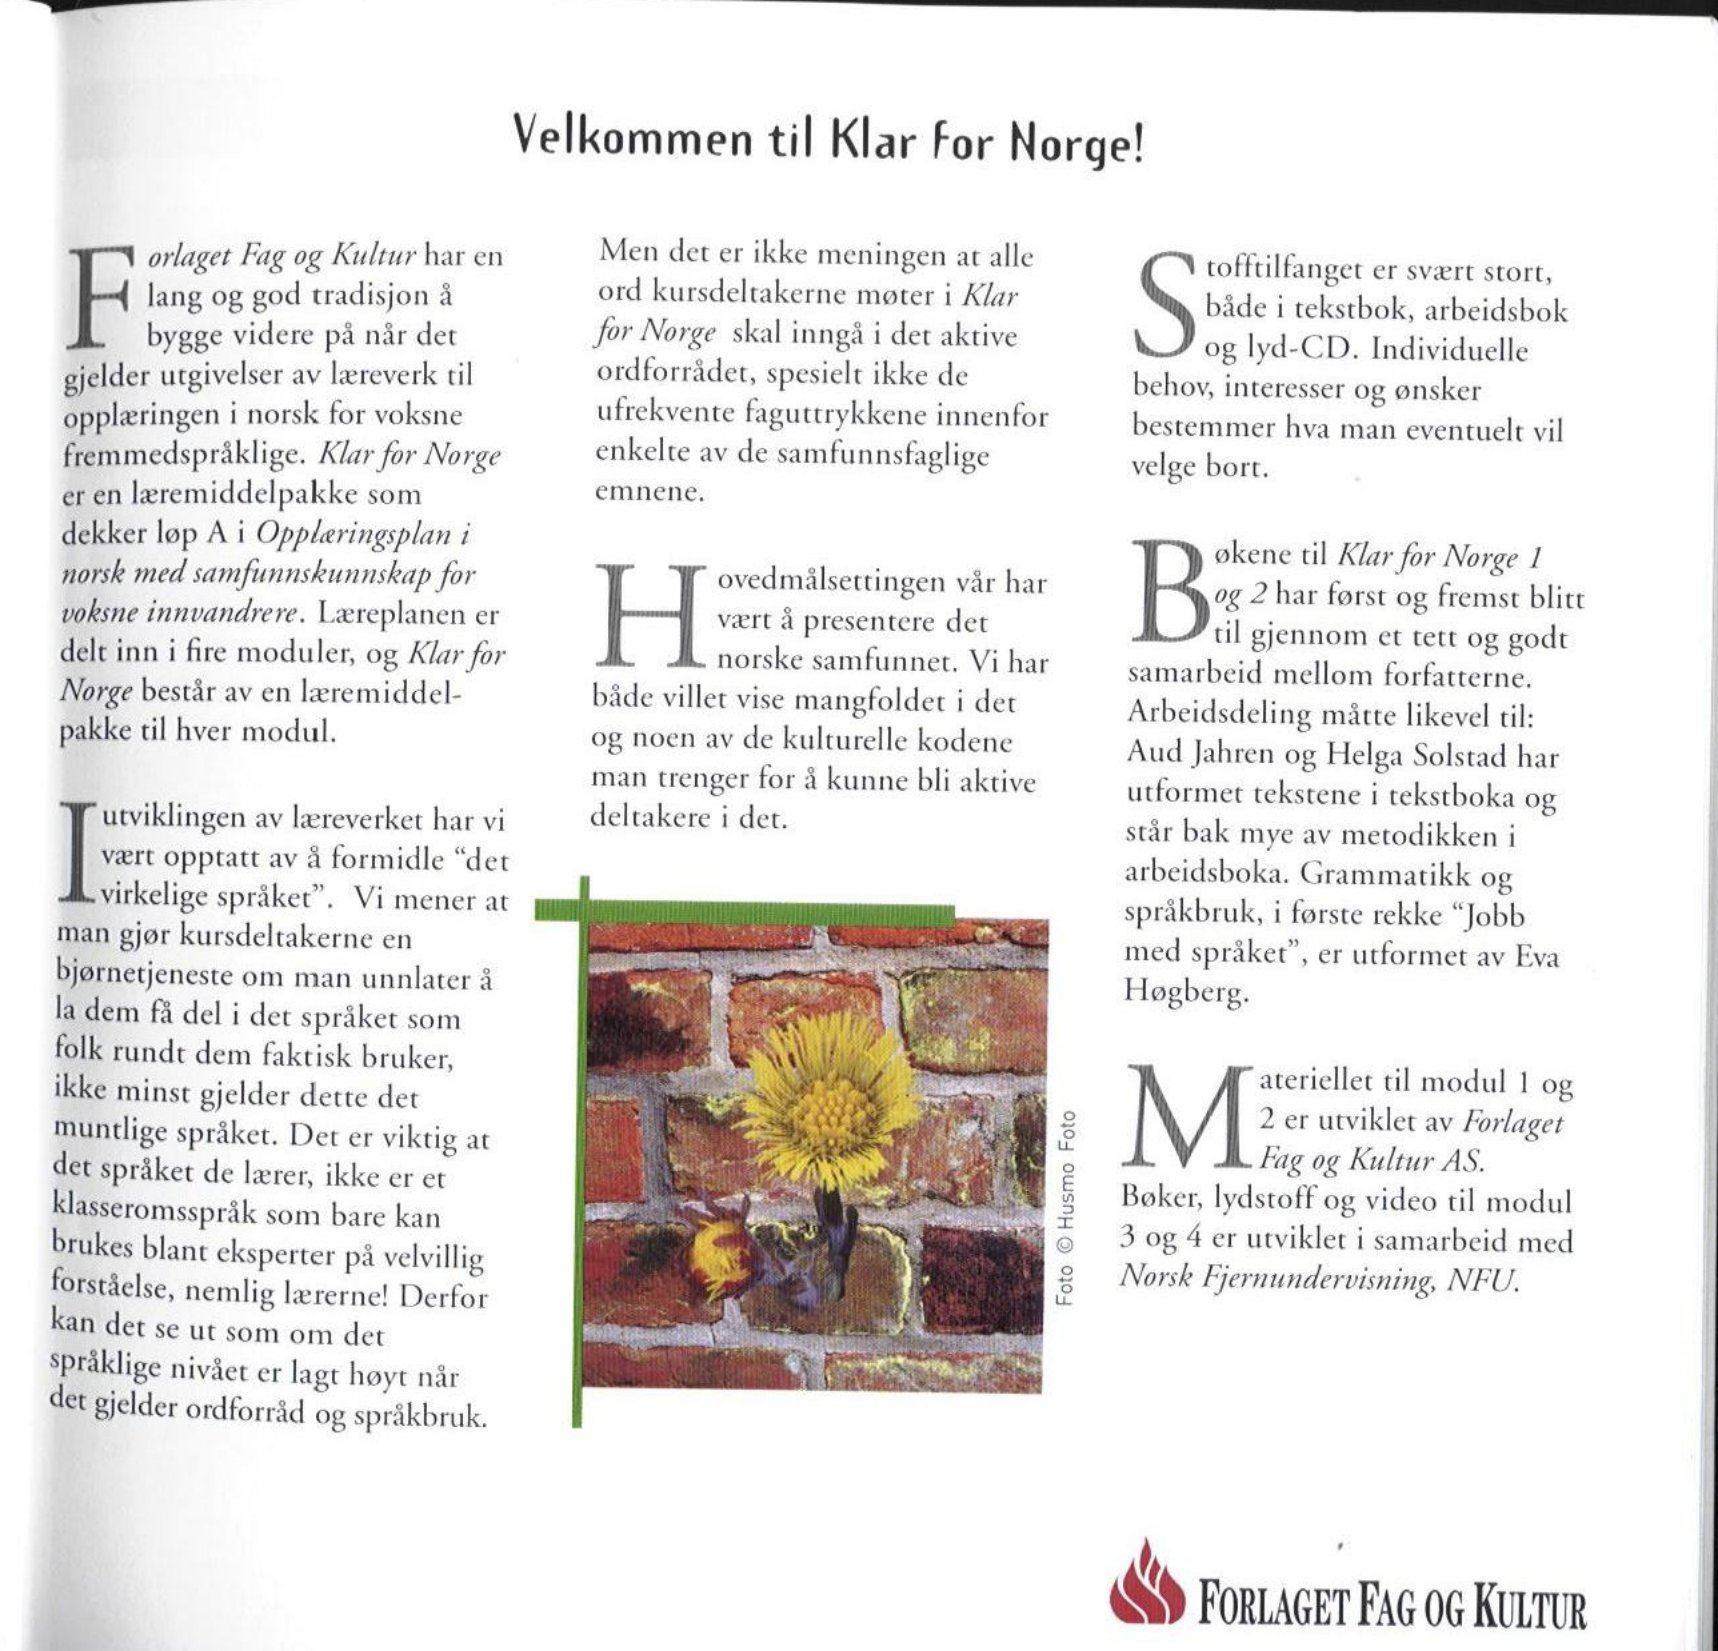
Language: no